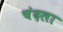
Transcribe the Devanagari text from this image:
चंदला